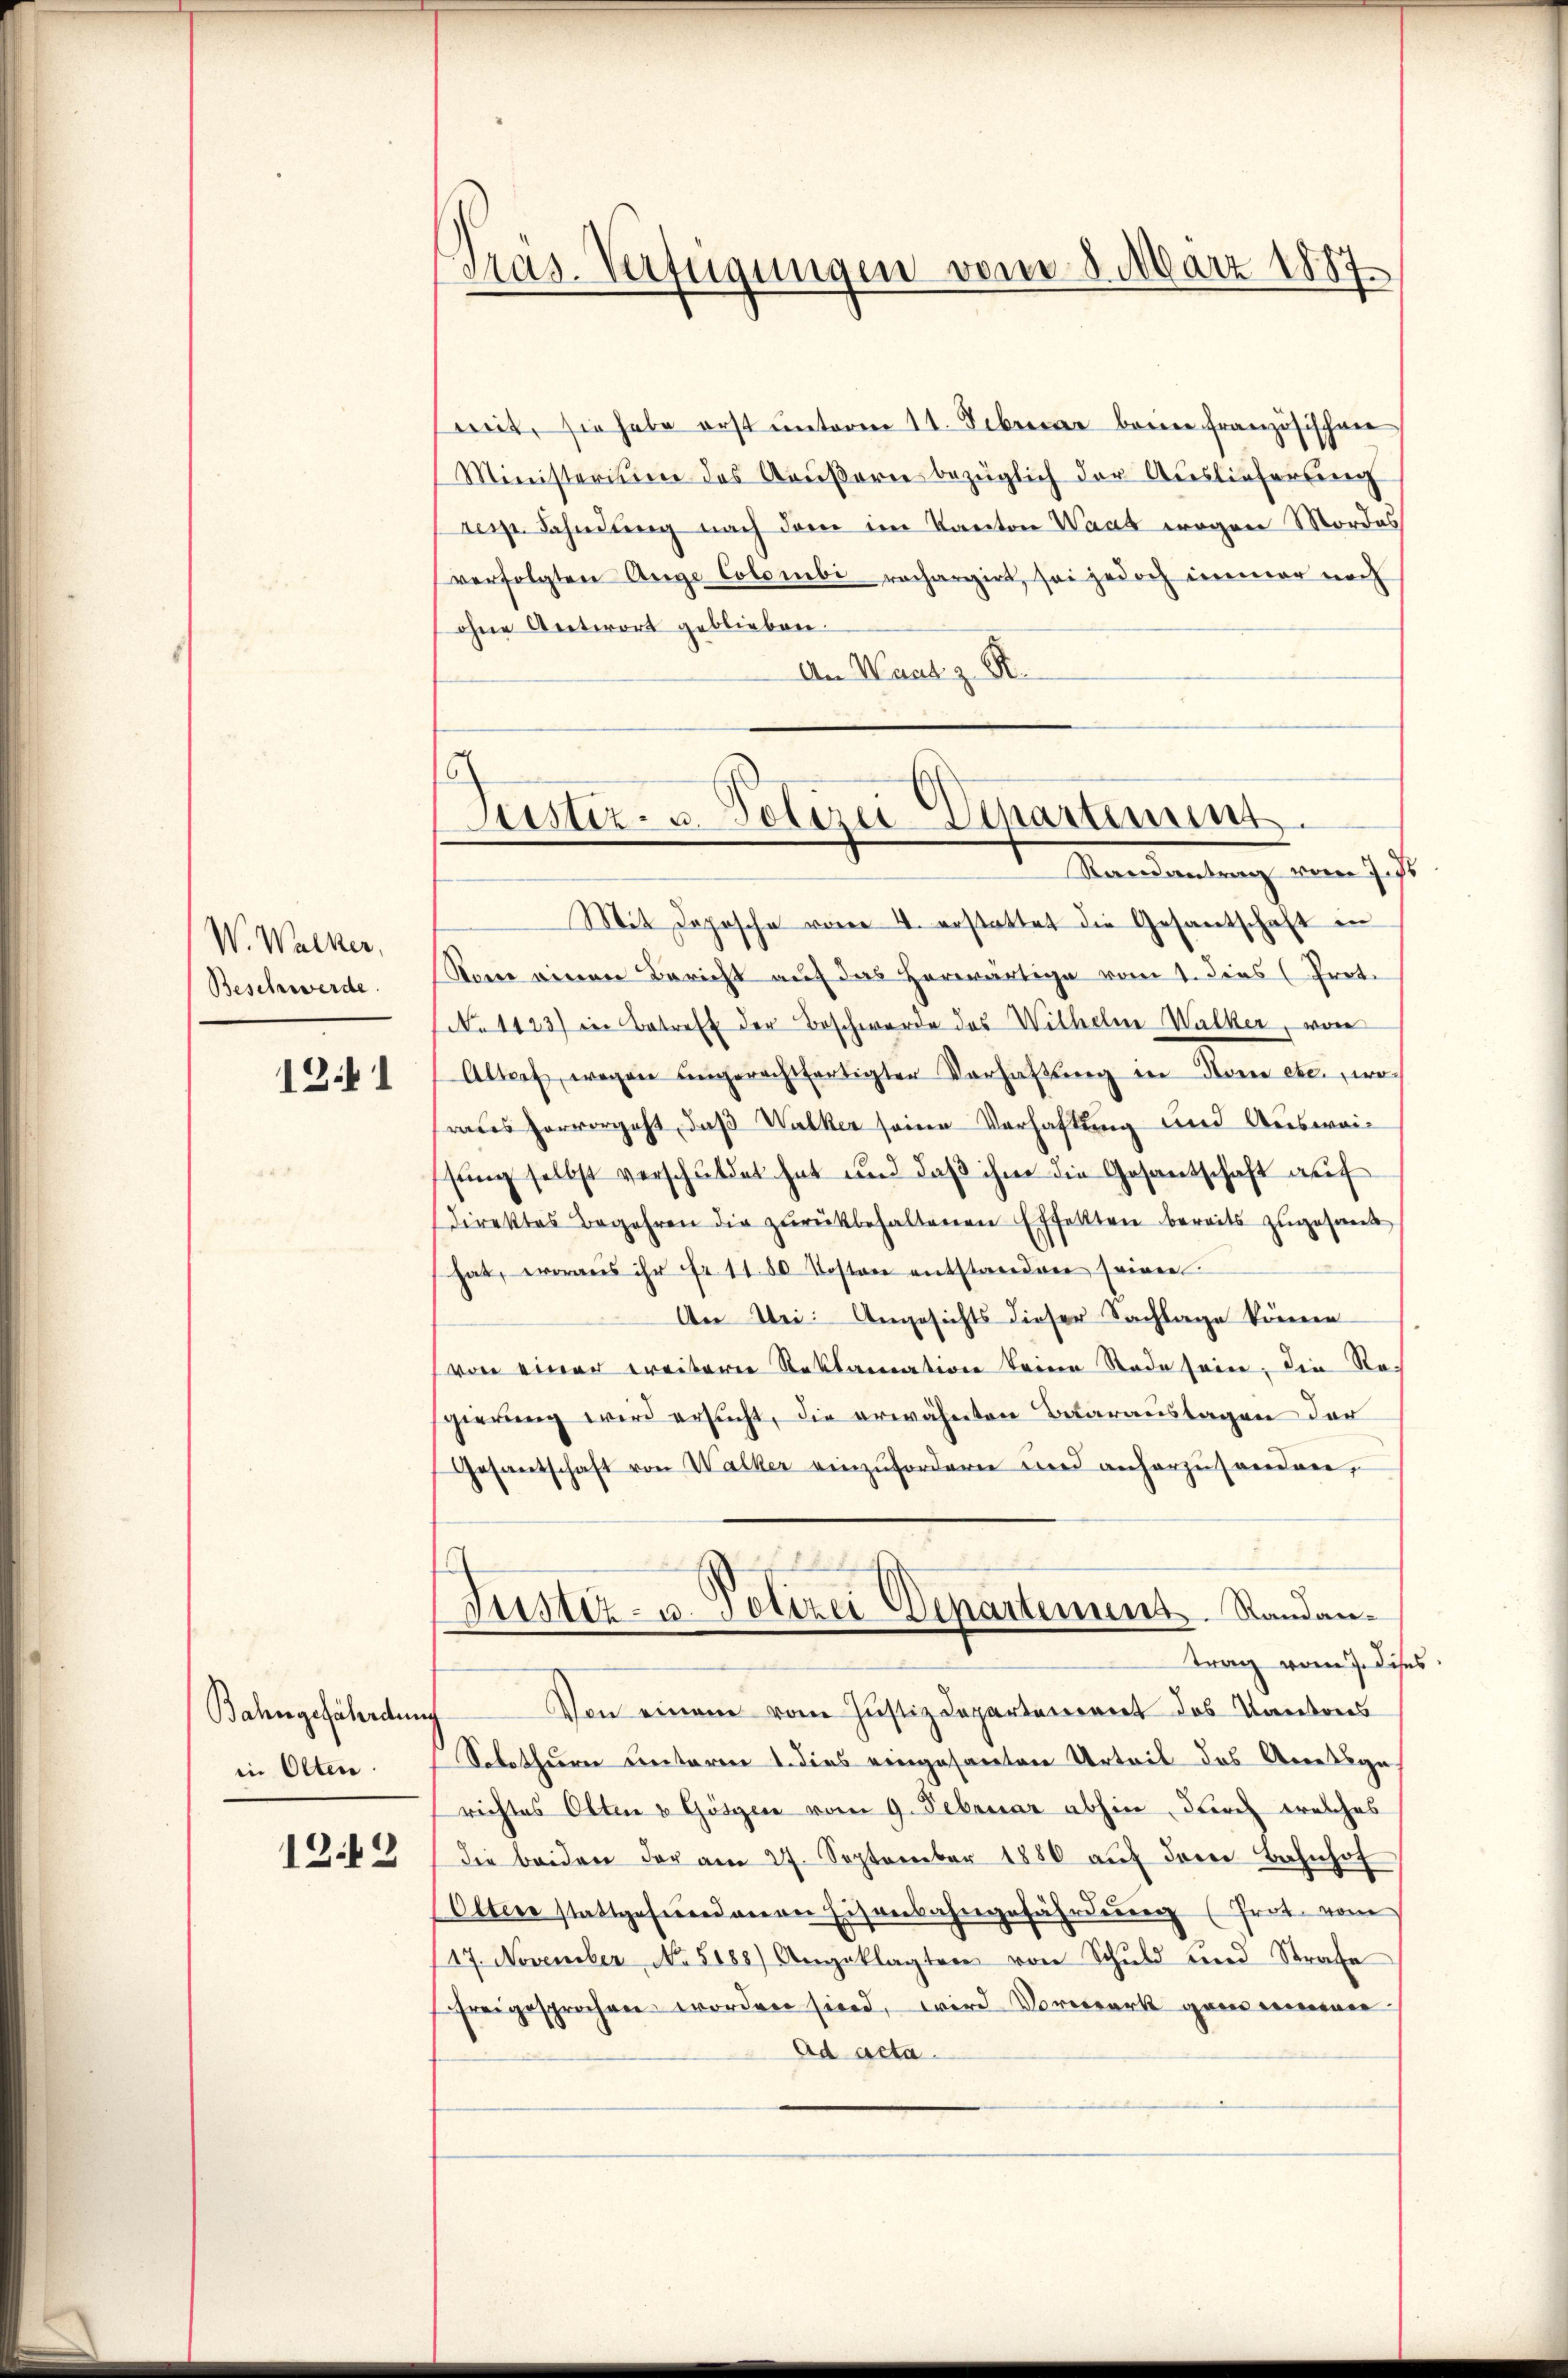
W. Walker,
Beschwerde.

1241

Bahngefährdung
in Olten

1242

pras. Verfügungen vom 1. März 1887

Suster- u Polizei Dinartiment
Randantrag vom J. st

mit, sie habe erst unterm 11. Februar berne französischner
Ministerium des Aeußern bezüglich der Auslieferung
resp. Fahndung nach dem im Kanton Waad wegen Mordes
verfolgten Auge Colombi-rechargirt, sei jedoch immer noch
ohne Antwort geblieben.
An Waat z. B.
Mit Deposche vom 4. erstattet die Gesantschaft in
Kone einen Bericht auf das herwärtige vom 1. dies (Prot.
No 1123) in Betreff der Beschwerde das Wilhelm Walker, von
Altorf, wegen ungerechtfertigter Verhaltŭng in Name etc., woraus hervorgeht, daß Walker seine Verhaftung und Ausweisung selbst verschuldet hat und daß ihm die Gesandschaft auf
direktes Begehren die zŭrückbehaltenen Effekten bereits zugesand
hat, woraus ihr Fr. 1180 Kosten entstanderen seiner
An bei: Angesichts dieser Nachlage können
von einer weiterer Reklamation keine Tode sein, die Regierung wird ersucht, die erwähnten Betarauslagen der
Gesantschaft von Walker einzufordern wird anherzusondern,
Justiz- u. Polizei Departemens Randantrag vom 7. dis
Von einem vom Justiz Dapartement das Kantores
Solothurn unteren 1. dies eingesamten Urteil des Anstige.
richtes Olten v Gösgen vom 9. Februar abhin, durch welches
die beiden der am 27. September 1880 auf dem Bahnhof
Olten stattgefundenen Eisenbahngefährdung (Prot. vom
17. November No. 5188) Angeklagten von Schuld und Strafe
freigesprochen worden sind, wird Vorwerk ganz einer
Ad acta.